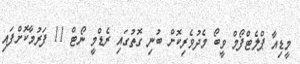
މީޑިއާ ޕްލެޓްފޯމް ވީބޯ މެދުވެރިކޮށް ބުނި ގޮތުގައި ރެޑްމީ ނޯޓް 11 ފަރުމާކޮށްފައި